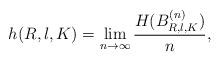
LaTeX: \begin{align*}h(R,\l,K)=\lim_{n\to\infty}\frac{H(B_{R,\l,K}^{(n)})}{n},\end{align*}